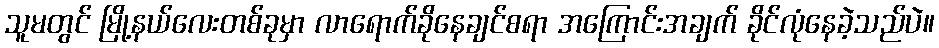
သူမတွင် မြို့နယ်လေးတစ်ခုမှာ လာရောက်ခိုနေချင်စရာ အကြောင်းအချက် ခိုင်လုံနေခဲ့သည်ပဲ။